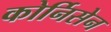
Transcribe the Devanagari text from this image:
कोर्निसेन